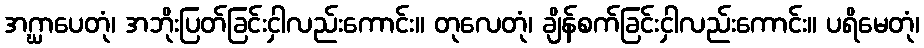
အဂ္ဃာပေတုံ၊ အဘိုးပြတ်ခြင်းငှါလည်းကောင်း။ တုလေတုံ၊ ချိန်စက်ခြင်းငှါလည်းကောင်း။ ပရိမေတုံ၊